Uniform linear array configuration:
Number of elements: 48
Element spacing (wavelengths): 0.5
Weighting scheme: uniform
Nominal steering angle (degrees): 15
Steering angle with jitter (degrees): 13.016
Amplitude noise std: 0.05
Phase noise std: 0.05

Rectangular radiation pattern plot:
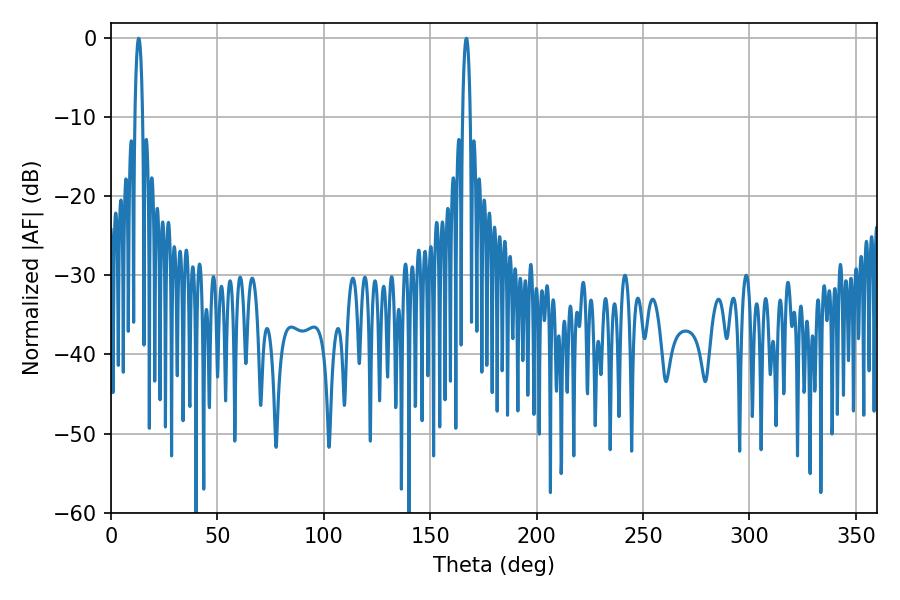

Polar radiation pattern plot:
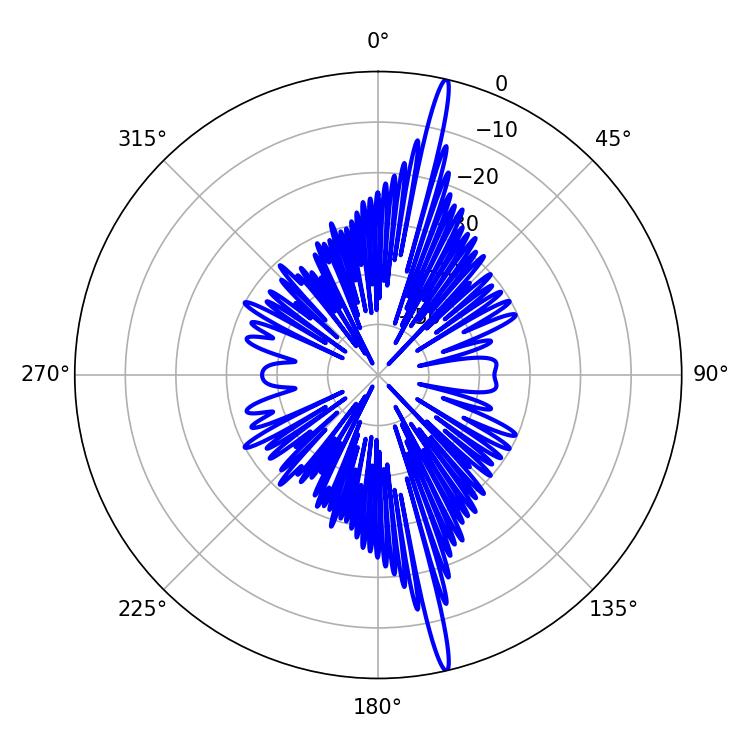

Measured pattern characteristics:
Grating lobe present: FALSE
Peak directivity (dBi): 20.187
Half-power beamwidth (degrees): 1.98
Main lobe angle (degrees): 12.96